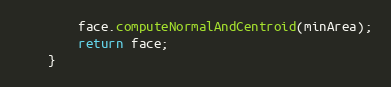
Language: Java
        face.computeNormalAndCentroid(minArea);
        return face;
    }